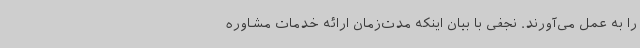
را به عمل می‌آورند. نجفی با بیان اینکه مدت‌زمان ارائه خدمات مشاوره